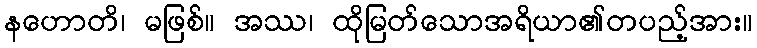
နဟောတိ၊ မဖြစ်။ အဿ၊ ထိုမြတ်သောအရိယာ၏တပည့်အား။